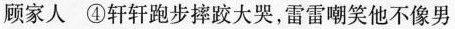
顾家人④轩轩跑步摔跤大哭，雷雷嘲笑他不像男